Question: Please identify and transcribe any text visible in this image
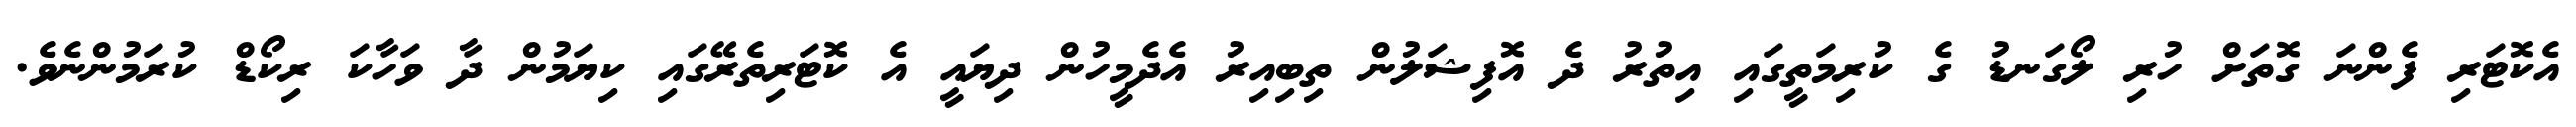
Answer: އެކޮޓަރި ފެންނަ ގޮތަށް ހުރި ލޯގަނޑު ގެ ކުރިމަތީގައި އިތުރު ދެ އޮފިޝަލުން ތިބިއިރު އެދެމީހުން ދިޔައީ އެ ކޮޓަރިތެރޭގައި ކިޔަމުން ދާ ވަހާކަ ރިކޯޑް ކުރަމުންނެވެ.